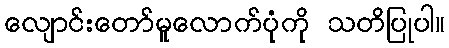
လျောင်းတော်မူလောက်ပုံကို သတိပြုပါ။